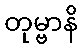
တုမ္ဗာနိ